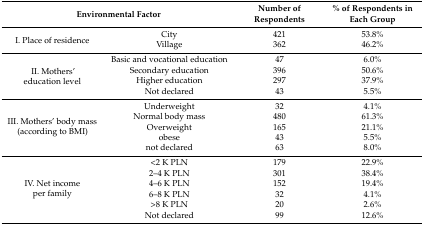
<table><thead><tr><td colspan="2"><b>Environmental Factor</b></td><td><b>Number of Respondents</b></td><td><b>% of Respondents in Each Group</b></td></tr></thead><tbody><tr><td rowspan="2">I. Place of residence</td><td>City</td><td>421</td><td>53.8%</td></tr><tr><td>Village</td><td>362</td><td>46.2%</td></tr><tr><td rowspan="4">II. Mothers’ education level</td><td>Basic and vocational education</td><td>47</td><td>6.0%</td></tr><tr><td>Secondary education</td><td>396</td><td>50.6%</td></tr><tr><td>Higher education</td><td>297</td><td>37.9%</td></tr><tr><td>Not declared</td><td>43</td><td>5.5%</td></tr><tr><td rowspan="5">III. Mothers’ body mass (according to BMI)</td><td>Underweight</td><td>32</td><td>4.1%</td></tr><tr><td>Normal body mass</td><td>480</td><td>61.3%</td></tr><tr><td>Overweight</td><td>165</td><td>21.1%</td></tr><tr><td>obese</td><td>43</td><td>5.5%</td></tr><tr><td>not declared</td><td>63</td><td>8.0%</td></tr><tr><td rowspan="6">IV. Net income per family</td><td>&lt;2 K PLN</td><td>179</td><td>22.9%</td></tr><tr><td>2–4 K PLN</td><td>301</td><td>38.4%</td></tr><tr><td>4–6 K PLN</td><td>152</td><td>19.4%</td></tr><tr><td>6–8 K PLN</td><td>32</td><td>4.1%</td></tr><tr><td>&gt;8 K PLN</td><td>20</td><td>2.6%</td></tr><tr><td>Not declared</td><td>99</td><td>12.6%</td></tr></tbody></table>